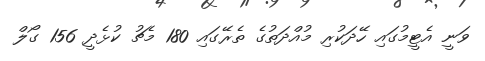
ވަނީ އެޓީމުގައި ހޭދަކުރި މުއްދަތުގެ ތެރޭގައި 180 މެޗު ކުޅެދީ 156 ގޯލް